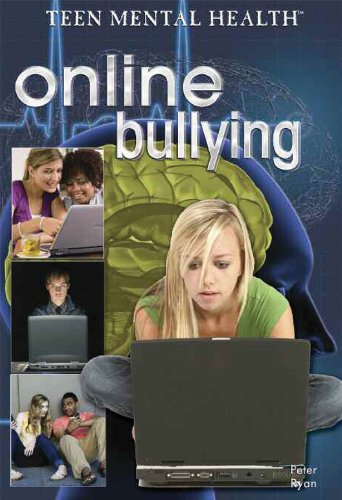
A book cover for Online Bullying (Teen Mental Health); Peter Ryan; Teen & Young Adult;